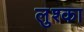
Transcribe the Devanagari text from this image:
लुश्का